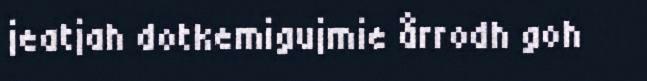
jeatjah dotkemigujmie årrodh goh